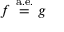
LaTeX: f \ { \stackrel { \mathrm { a . e . } } { = } } \ g